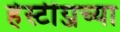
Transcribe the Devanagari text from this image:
हेस्टींग्जच्या